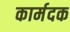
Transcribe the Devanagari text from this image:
कार्मदक